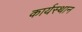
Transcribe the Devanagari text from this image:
कार्यस्‍थान